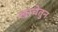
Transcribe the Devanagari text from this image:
खाचेतुन